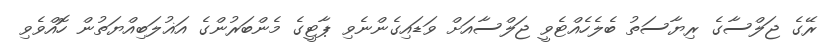
ރޭގެ ޖަލްސާގެ ރިޔާސަތު ބެލެހެއްޓެވީ ޖަލްސާއަށް ވަޑައިގެންނެވި ޕާޓީގެ މެންބަރުންގެ އަޣުލަބިއްޔަތުން ހޮއްވެވި